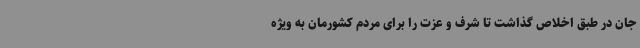
جان در طبق اخلاص گذاشت تا شرف و عزت را برای مردم کشورمان به ویژه